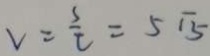
v = \frac { s } { t } = 5 \sqrt { 5 }